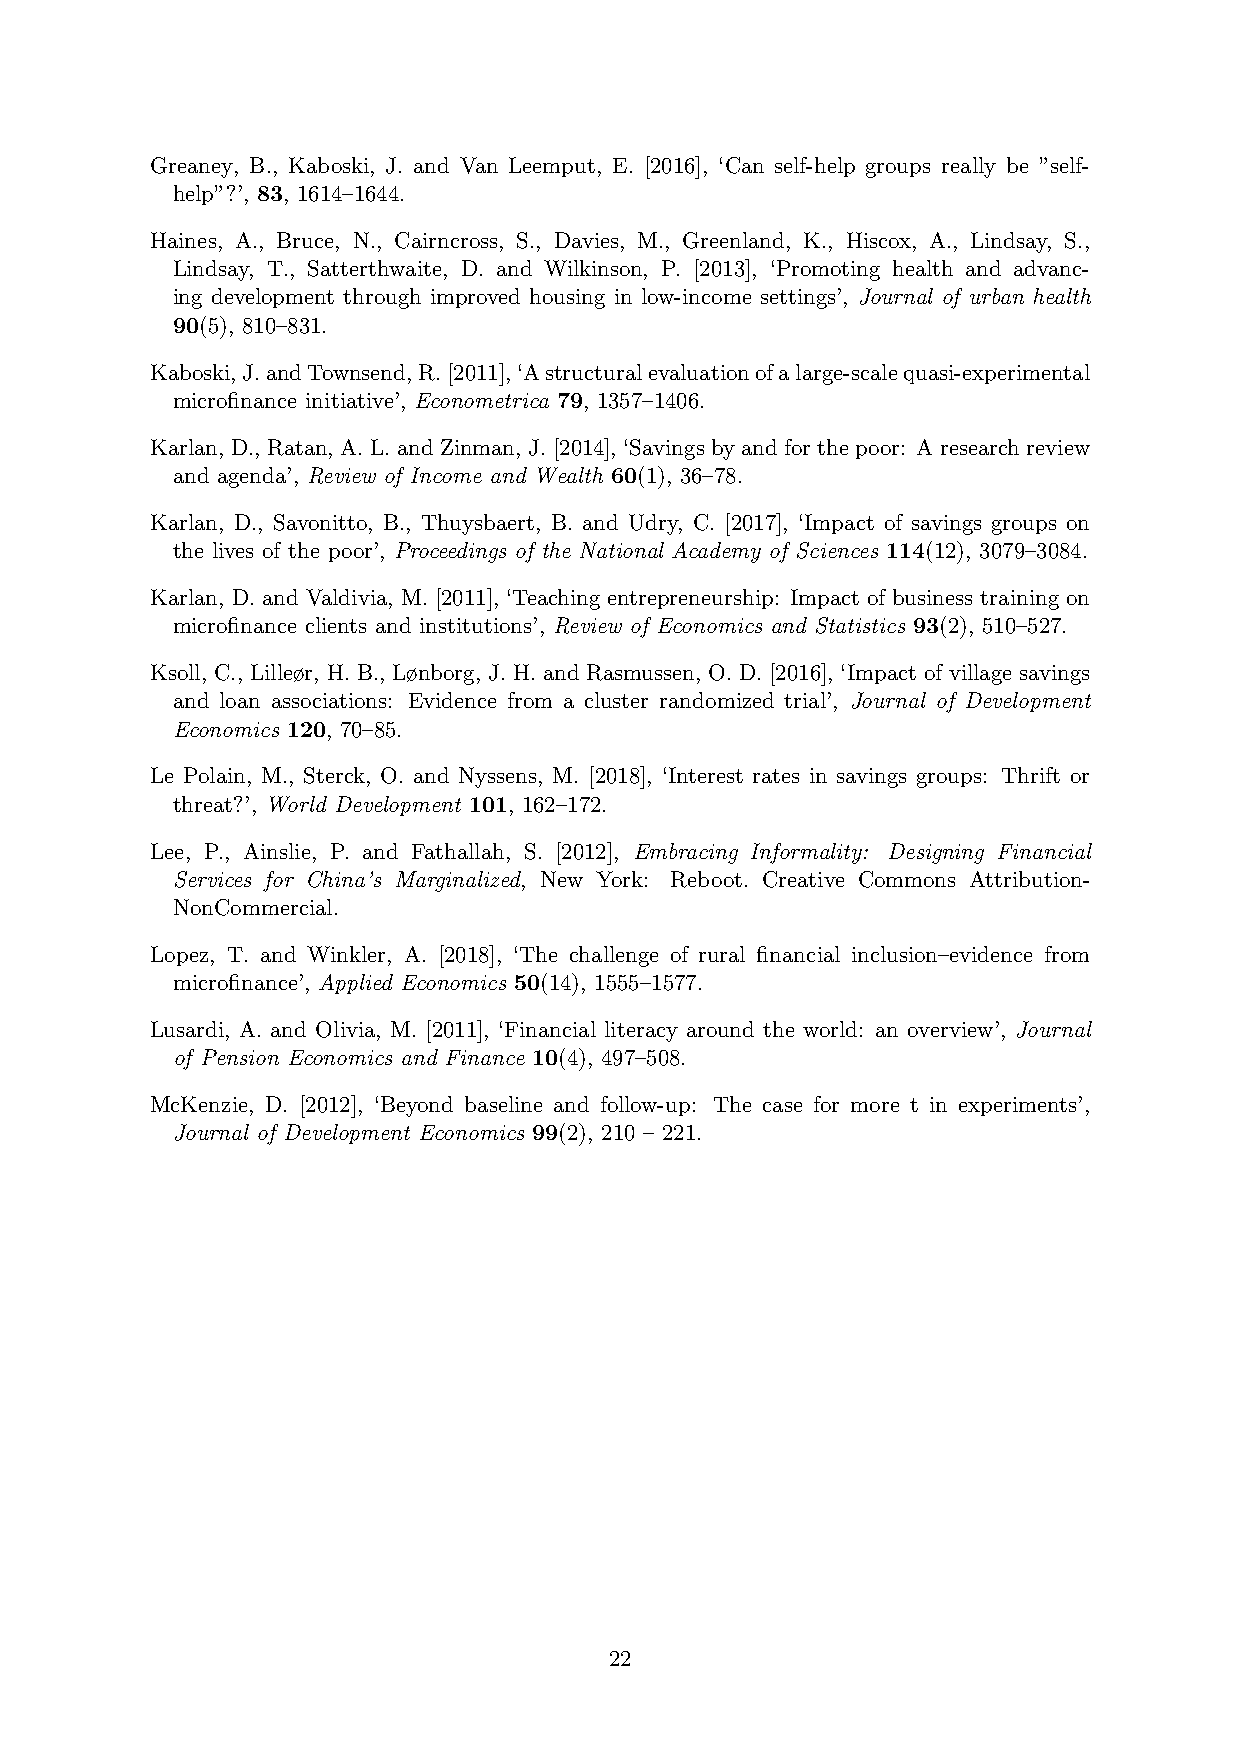
Greaney, B., Kaboski, J. and Van Leemput, E. [2016], ‘Can self-help groups really be ”self-
 help”?’, 83, 1614–1644.
 Haines, A., Bruce, N., Cairncross, S., Davies, M., Greenland, K., Hiscox, A., Lindsay, S.,
 Lindsay, T., Satterthwaite, D. and Wilkinson, P. [2013], ‘Promoting health and advanc-
 ing development through improved housing in low-income settings’, Journal of urban health
 90(5), 810–831.
 Kaboski,J.andTownsend,R.[2011],‘Astructuralevaluationofalarge-scalequasi-experimental
 microfinance initiative’, Econometrica 79, 1357–1406.
 Karlan, D., Ratan, A.L.andZinman, J.[2014], ‘Savingsbyandforthepoor: Aresearchreview
 and agenda’, Review of Income and Wealth 60(1), 36–78.
 Karlan, D., Savonitto, B., Thuysbaert, B. and Udry, C. [2017], ‘Impact of savings groups on
 the lives of the poor’, Proceedings of the National Academy of Sciences 114(12), 3079–3084.
 Karlan, D. and Valdivia, M. [2011], ‘Teaching entrepreneurship: Impact of business training on
 microfinance clients and institutions’, Review of Economics and Statistics 93(2), 510–527.
 Ksoll, C., Lilleør, H. B., Lønborg, J. H. and Rasmussen, O. D. [2016], ‘Impact of village savings
 and loan associations: Evidence from a cluster randomized trial’, Journal of Development
 Economics 120, 70–85.
 Le Polain, M., Sterck, O. and Nyssens, M. [2018], ‘Interest rates in savings groups: Thrift or
 threat?’, World Development 101, 162–172.
 Lee, P., Ainslie, P. and Fathallah, S. [2012], Embracing Informality: Designing Financial
 Services for China’s Marginalized, New York: Reboot. Creative Commons Attribution-
 NonCommercial.
 Lopez, T. and Winkler, A. [2018], ‘The challenge of rural financial inclusion–evidence from
 microfinance’, Applied Economics 50(14), 1555–1577.
 Lusardi, A. and Olivia, M. [2011], ‘Financial literacy around the world: an overview’, Journal
 of Pension Economics and Finance 10(4), 497–508.
 McKenzie, D. [2012], ‘Beyond baseline and follow-up: The case for more t in experiments’,
 Journal of Development Economics 99(2), 210 – 221.
 22